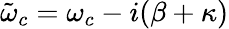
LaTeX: \tilde{\omega}_{c}=\omega_{c}-i(\beta+\kappa)